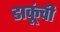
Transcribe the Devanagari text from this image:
डाकूंची